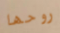
روحها